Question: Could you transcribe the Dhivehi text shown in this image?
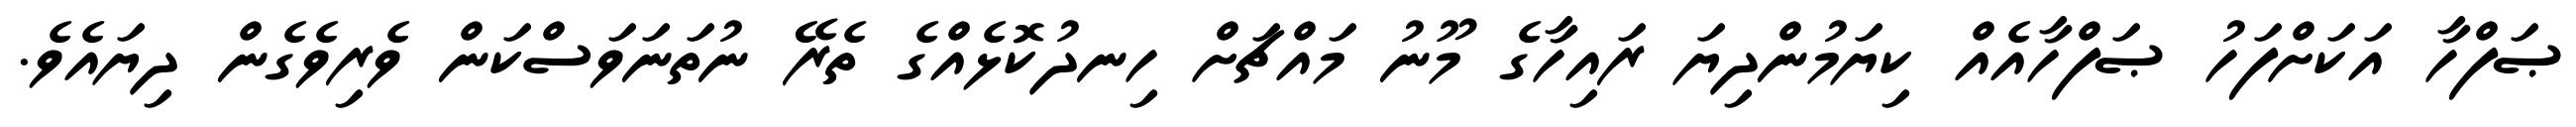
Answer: ޞަފްހާ އަކަށްފަހު ޞަފްހާއެއް ކިޔަމުންދިޔަ ރައިހާގެ މޫނު މައްޗަށް ހިނދުކޮޅެއްގެ ތެރޭ ނުތަނަވަސްކަން ވެރިވެގެން ދިޔައެވެ.